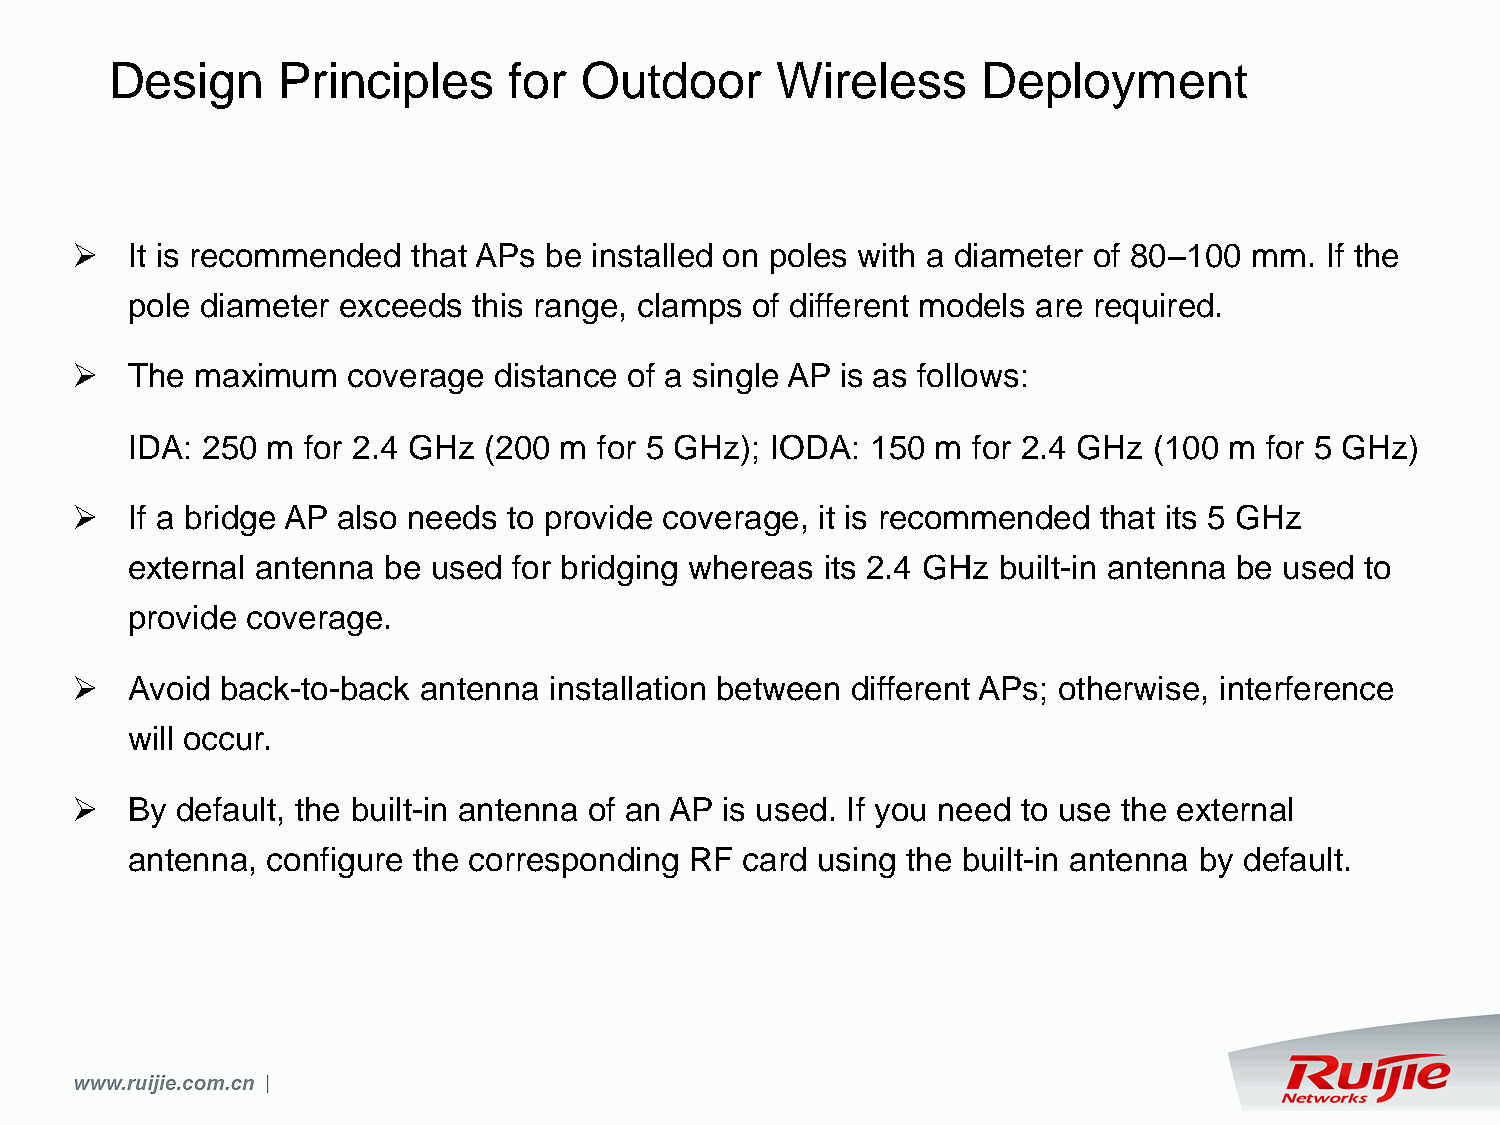
Design     Principles      for  Outdoor     Wireless      Deployment
   It is recommended  that APs be installed on poles with a diameter of 80–100 mm. If the
 pole diameter exceeds  this range, clamps of different models are required.
   The  maximum   coverage  distance of a single AP is as follows:
 IDA: 250  m for 2.4 GHz (200 m  for 5 GHz); IODA: 150 m for 2.4 GHz (100 m  for 5 GHz)
   If a bridge AP also needs to provide coverage, it is recommended that its 5 GHz
 external antenna  be used for bridging whereas its 2.4 GHz built-in antenna be used to
 provide coverage.
   Avoid  back-to-back antenna installation between different APs; otherwise, interference
 will occur.
   By  default, the built-in antenna of an AP is used. If you need to use the external
 antenna,  configure the corresponding RF card using the built-in antenna by default.